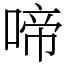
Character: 啼